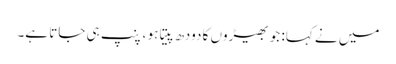
میں نے کہا: جو بھیڑوں کا دودھ پیتا ہو ، پنپ ہی جاتا ہے۔